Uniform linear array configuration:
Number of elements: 24
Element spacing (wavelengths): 0.25
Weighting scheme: kaiser
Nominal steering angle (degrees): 30
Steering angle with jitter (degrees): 28.871
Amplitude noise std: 0.05
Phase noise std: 0.05

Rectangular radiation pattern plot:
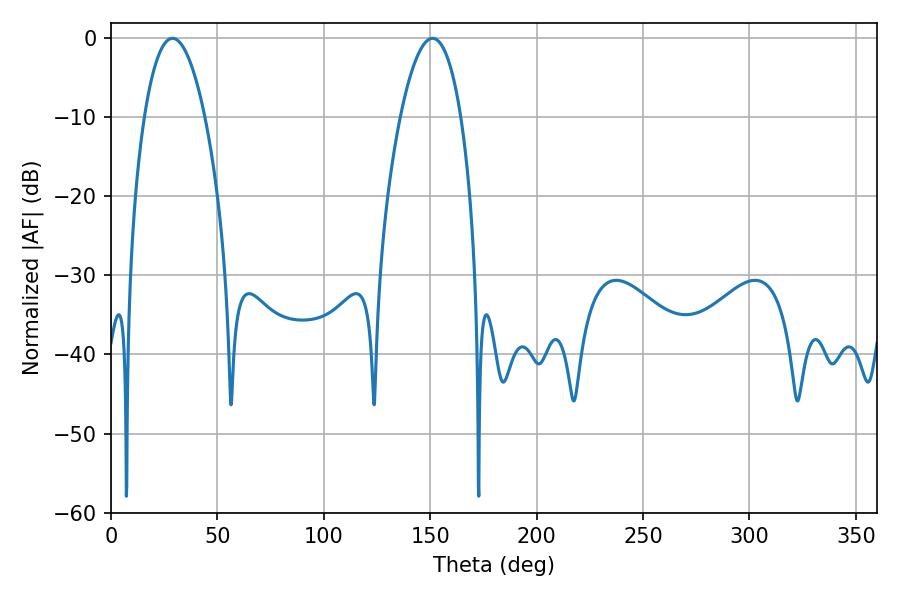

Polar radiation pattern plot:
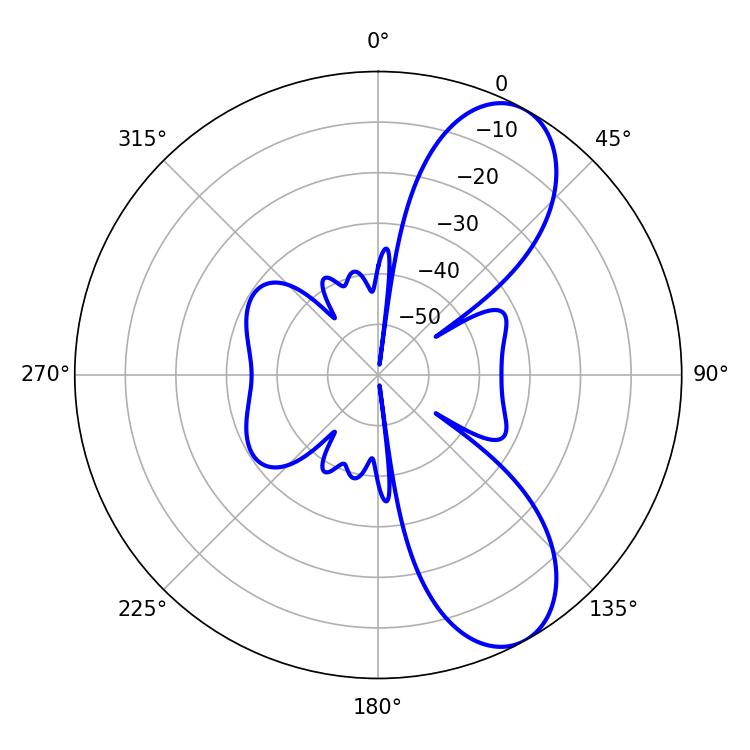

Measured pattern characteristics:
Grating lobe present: FALSE
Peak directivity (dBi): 8.438
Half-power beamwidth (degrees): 15.84
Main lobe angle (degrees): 28.98